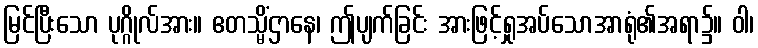
မြင်ပြီးသော ပုဂ္ဂိုလ်အား။ ဧတသ္မိံဌာနေ၊ ဤပျက်ခြင်း အားဖြင့်ရှုအပ်သောအာရုံ၏အရာ၌။ ဝါ၊